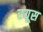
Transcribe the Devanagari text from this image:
रयूस